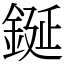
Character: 鋋